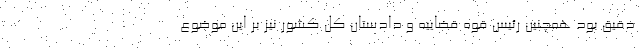
دقیق بود همچنین رئیس قوه قضاییه و دادستان کل کشور نیز بر این موضوع